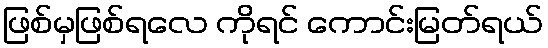
ဖြစ်မှဖြစ်ရလေ ကိုရင် ကောင်းမြတ်ရယ်